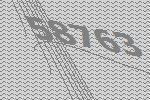
58763